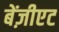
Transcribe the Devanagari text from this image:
बेंज़ीएट